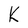
Character: K